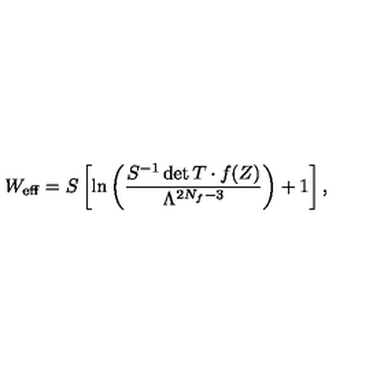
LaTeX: W _ { \mathrm { e f f } } = S \left[ \ln \left( \frac { S ^ { - 1 } \det T \cdot f ( Z ) } { \Lambda ^ { 2 N _ { f } - 3 } } \right) + 1 \right] ,